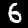
Digit: 6